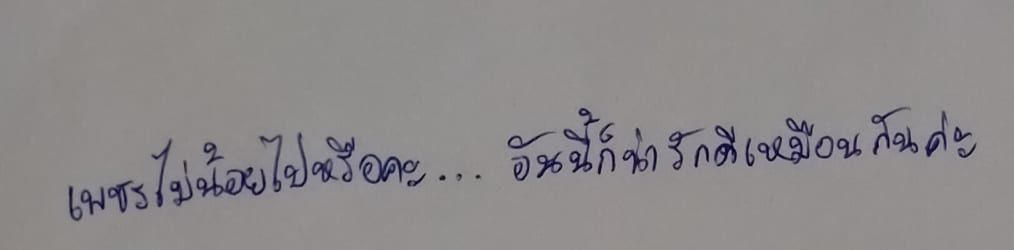
เพชรไม่น้อยไปหรือคะ...อันนี้ก็น่ารักดีเหมือนกันค่ะ